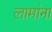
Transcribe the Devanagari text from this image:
लामांना